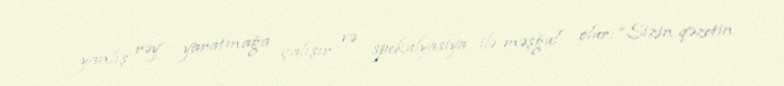
yanlış rəy yaratmağa çalışır və spekulyasiya ilə məşğul olur: “Sizin qəzetin